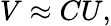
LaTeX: V\approx CU,